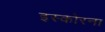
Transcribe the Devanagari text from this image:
इस्कोरना